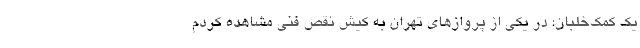
یک کمک‌خلبان: در یکی از پروازهای تهران به کیش نقص فنی مشاهده کردم